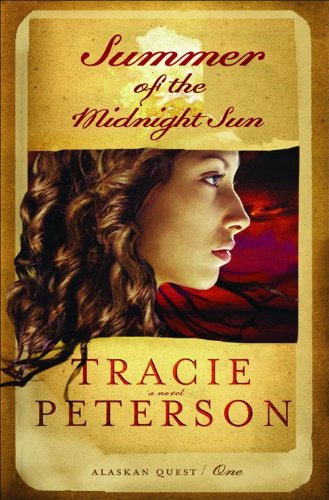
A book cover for Summer of the Midnight Sun (Alaskan Quest #1); Tracie Peterson; Religion & Spirituality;